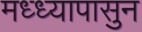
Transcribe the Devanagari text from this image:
मध्ध्यापासुन